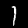
Digit: 1